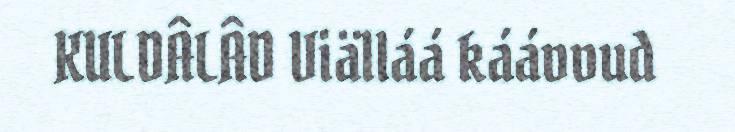
KULDÂLÂD Viälláá káávvud